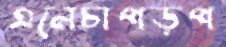
এনেচাপড়প